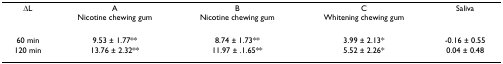
<table><thead><tr><td><b>ΔL</b></td><td><b>A Nicotine chewing gum</b></td><td><b>B Nicotine chewing gum</b></td><td><b>C Whitening chewing gum</b></td><td><b>Saliva</b></td></tr></thead><tbody><tr><td>60 min</td><td>9.53 ± 1.77**</td><td>8.74 ± 1.73**</td><td>3.99 ± 2.13*</td><td>-0.16 ± 0.55</td></tr><tr><td>120 min</td><td>13.76 ± 2.32**</td><td>11.97 ± .1.65**</td><td>5.52 ± 2.26*</td><td>0.04 ± 0.48</td></tr></tbody></table>